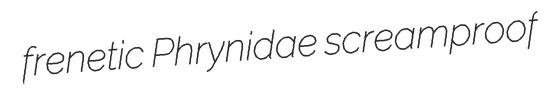
frenetic Phrynidae screamproof